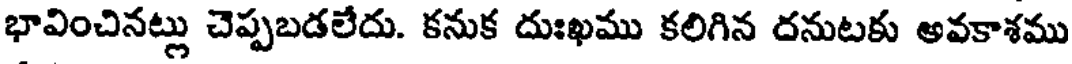
భావించినట్లు చెప్పబడలేదు. కనుక దుఃఖము కలిగిన దనుటకు అవకాశము